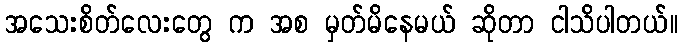
အသေးစိတ်လေးတွေ က အစ မှတ်မိနေမယ် ဆိုတာ ငါသိပါတယ်။